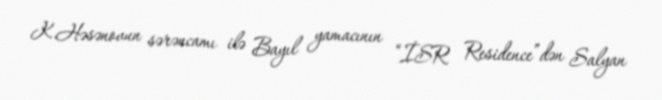
K.Həsənovun sərəncamı ilə Bayıl yamacının “İSR Residence”dən Salyan